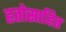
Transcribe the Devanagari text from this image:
हतोसाहित